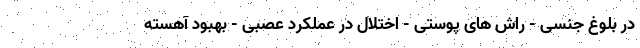
در بلوغ جنسی - راش های پوستی - اختلال در عملکرد عصبی - بهبود آهسته